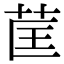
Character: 䒰